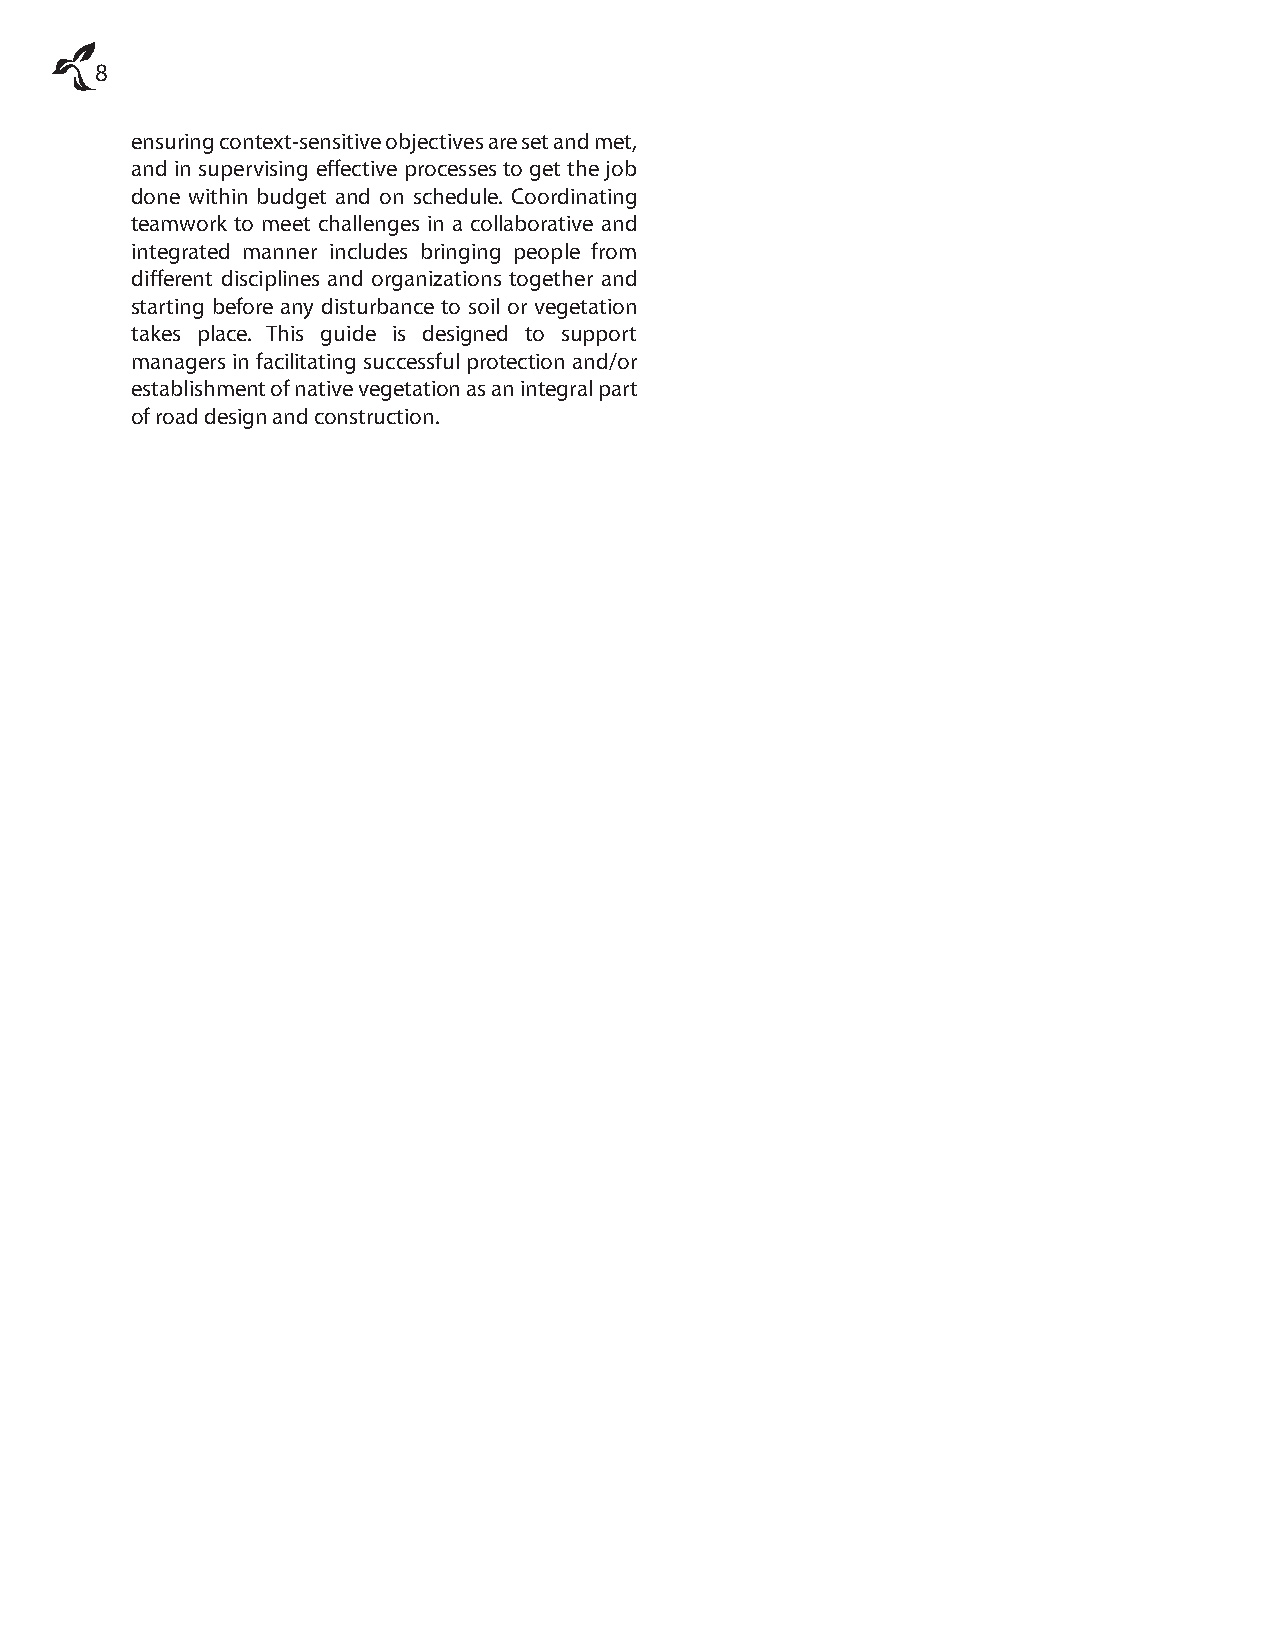
8
 ensuring context-sensitive objectives are set and met,
 and in supervising eff ective processes to get the job
 done within budget and on schedule. Coordinating
 teamwork to meet challenges in a collaborative and
 integrated manner includes bringing people from
 diff erent disciplines and organizations together and
 starting before any disturbance to soil or vegetation
 takes place. This guide is designed to support
 managers in facilitating successful protection and/or
 establishment of native vegetation as an integral part
 of road design and construction.